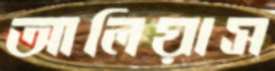
আলিয়াস